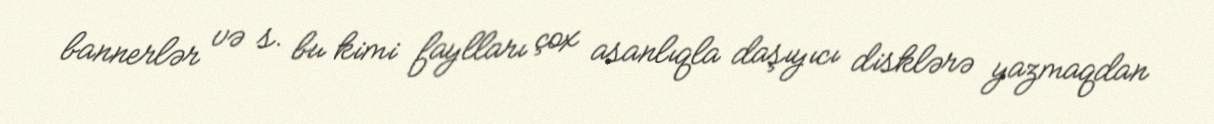
bannerlər və s. bu kimi faylları çox asanlıqla daşıyıcı disklərə yazmaqdan